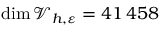
\dim \mathcal { V } _ { h , \varepsilon } = 4 1 { \, } 4 5 8